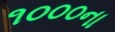
૧૦૦૦ના